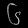
Digit: ၆